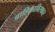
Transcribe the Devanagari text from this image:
वाहिकाविस्फार